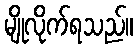
မျိုလိုက်ရသည်။